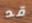
قد